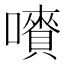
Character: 𡃄